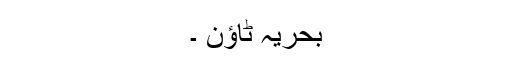
بحریہ ٹاؤن ۔